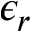
\epsilon _ { r }